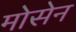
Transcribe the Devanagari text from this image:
मोसेन